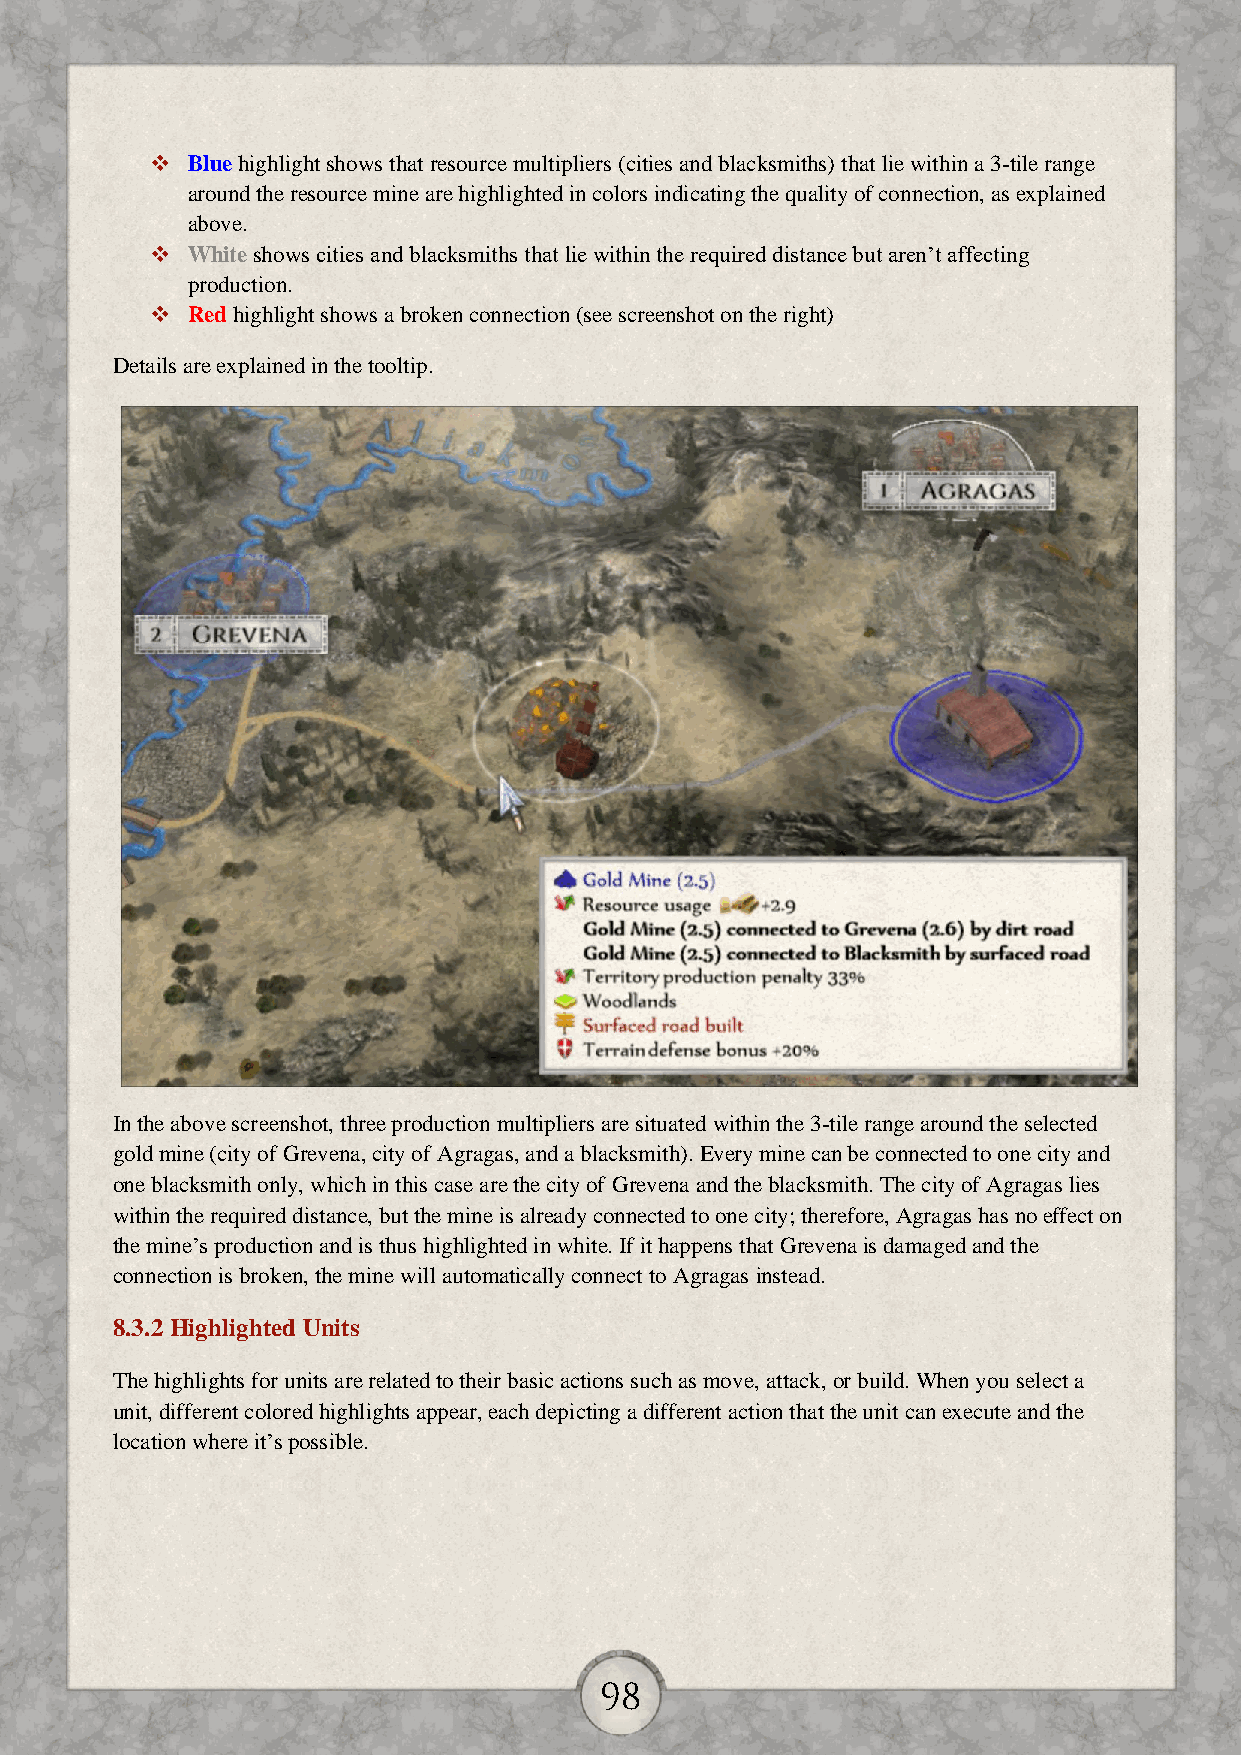
 Blue highlight shows that resource multipliers (cities and blacksmiths) that lie within a 3-tile range
 around the resource mine are highlighted in colors indicating the quality of connection, as explained
 above.
  White shows cities and blacksmiths that lie within the required distance but aren’t affecting
 production.
  Red highlight shows a broken connection (see screenshot on the right)
 Details are explained in the tooltip.
 In the above screenshot, three production multipliers are situated within the 3-tile range around the selected
 gold mine (city of Grevena, city of Agragas, and a blacksmith). Every mine can be connected to one city and
 one blacksmith only, which in this case are the city of Grevena and the blacksmith. The city of Agragas lies
 within the required distance, but the mine is already connected to one city; therefore, Agragas has no effect on
 the mine’s production and is thus highlighted in white. If it happens that Grevena is damaged and the
 connection is broken, the mine will automatically connect to Agragas instead.
 8.3.2 Highlighted Units
 The highlights for units are related to their basic actions such as move, attack, or build. When you select a
 unit, different colored highlights appear, each depicting a different action that the unit can execute and the
 location where it’s possible.
 98